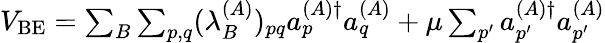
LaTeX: \begin{array}{r}{V_{\mathrm{BE}}=\sum_{B}\sum_{p,q}(\lambda_{B}^{(A)})_{pq}a_{p}^{(A)\dagger}a_{q}^{(A)}+\mu\sum_{p^{\prime}}a_{p^{\prime}}^{(A)\dagger}a_{p^{\prime}}^{(A)}}\end{array}